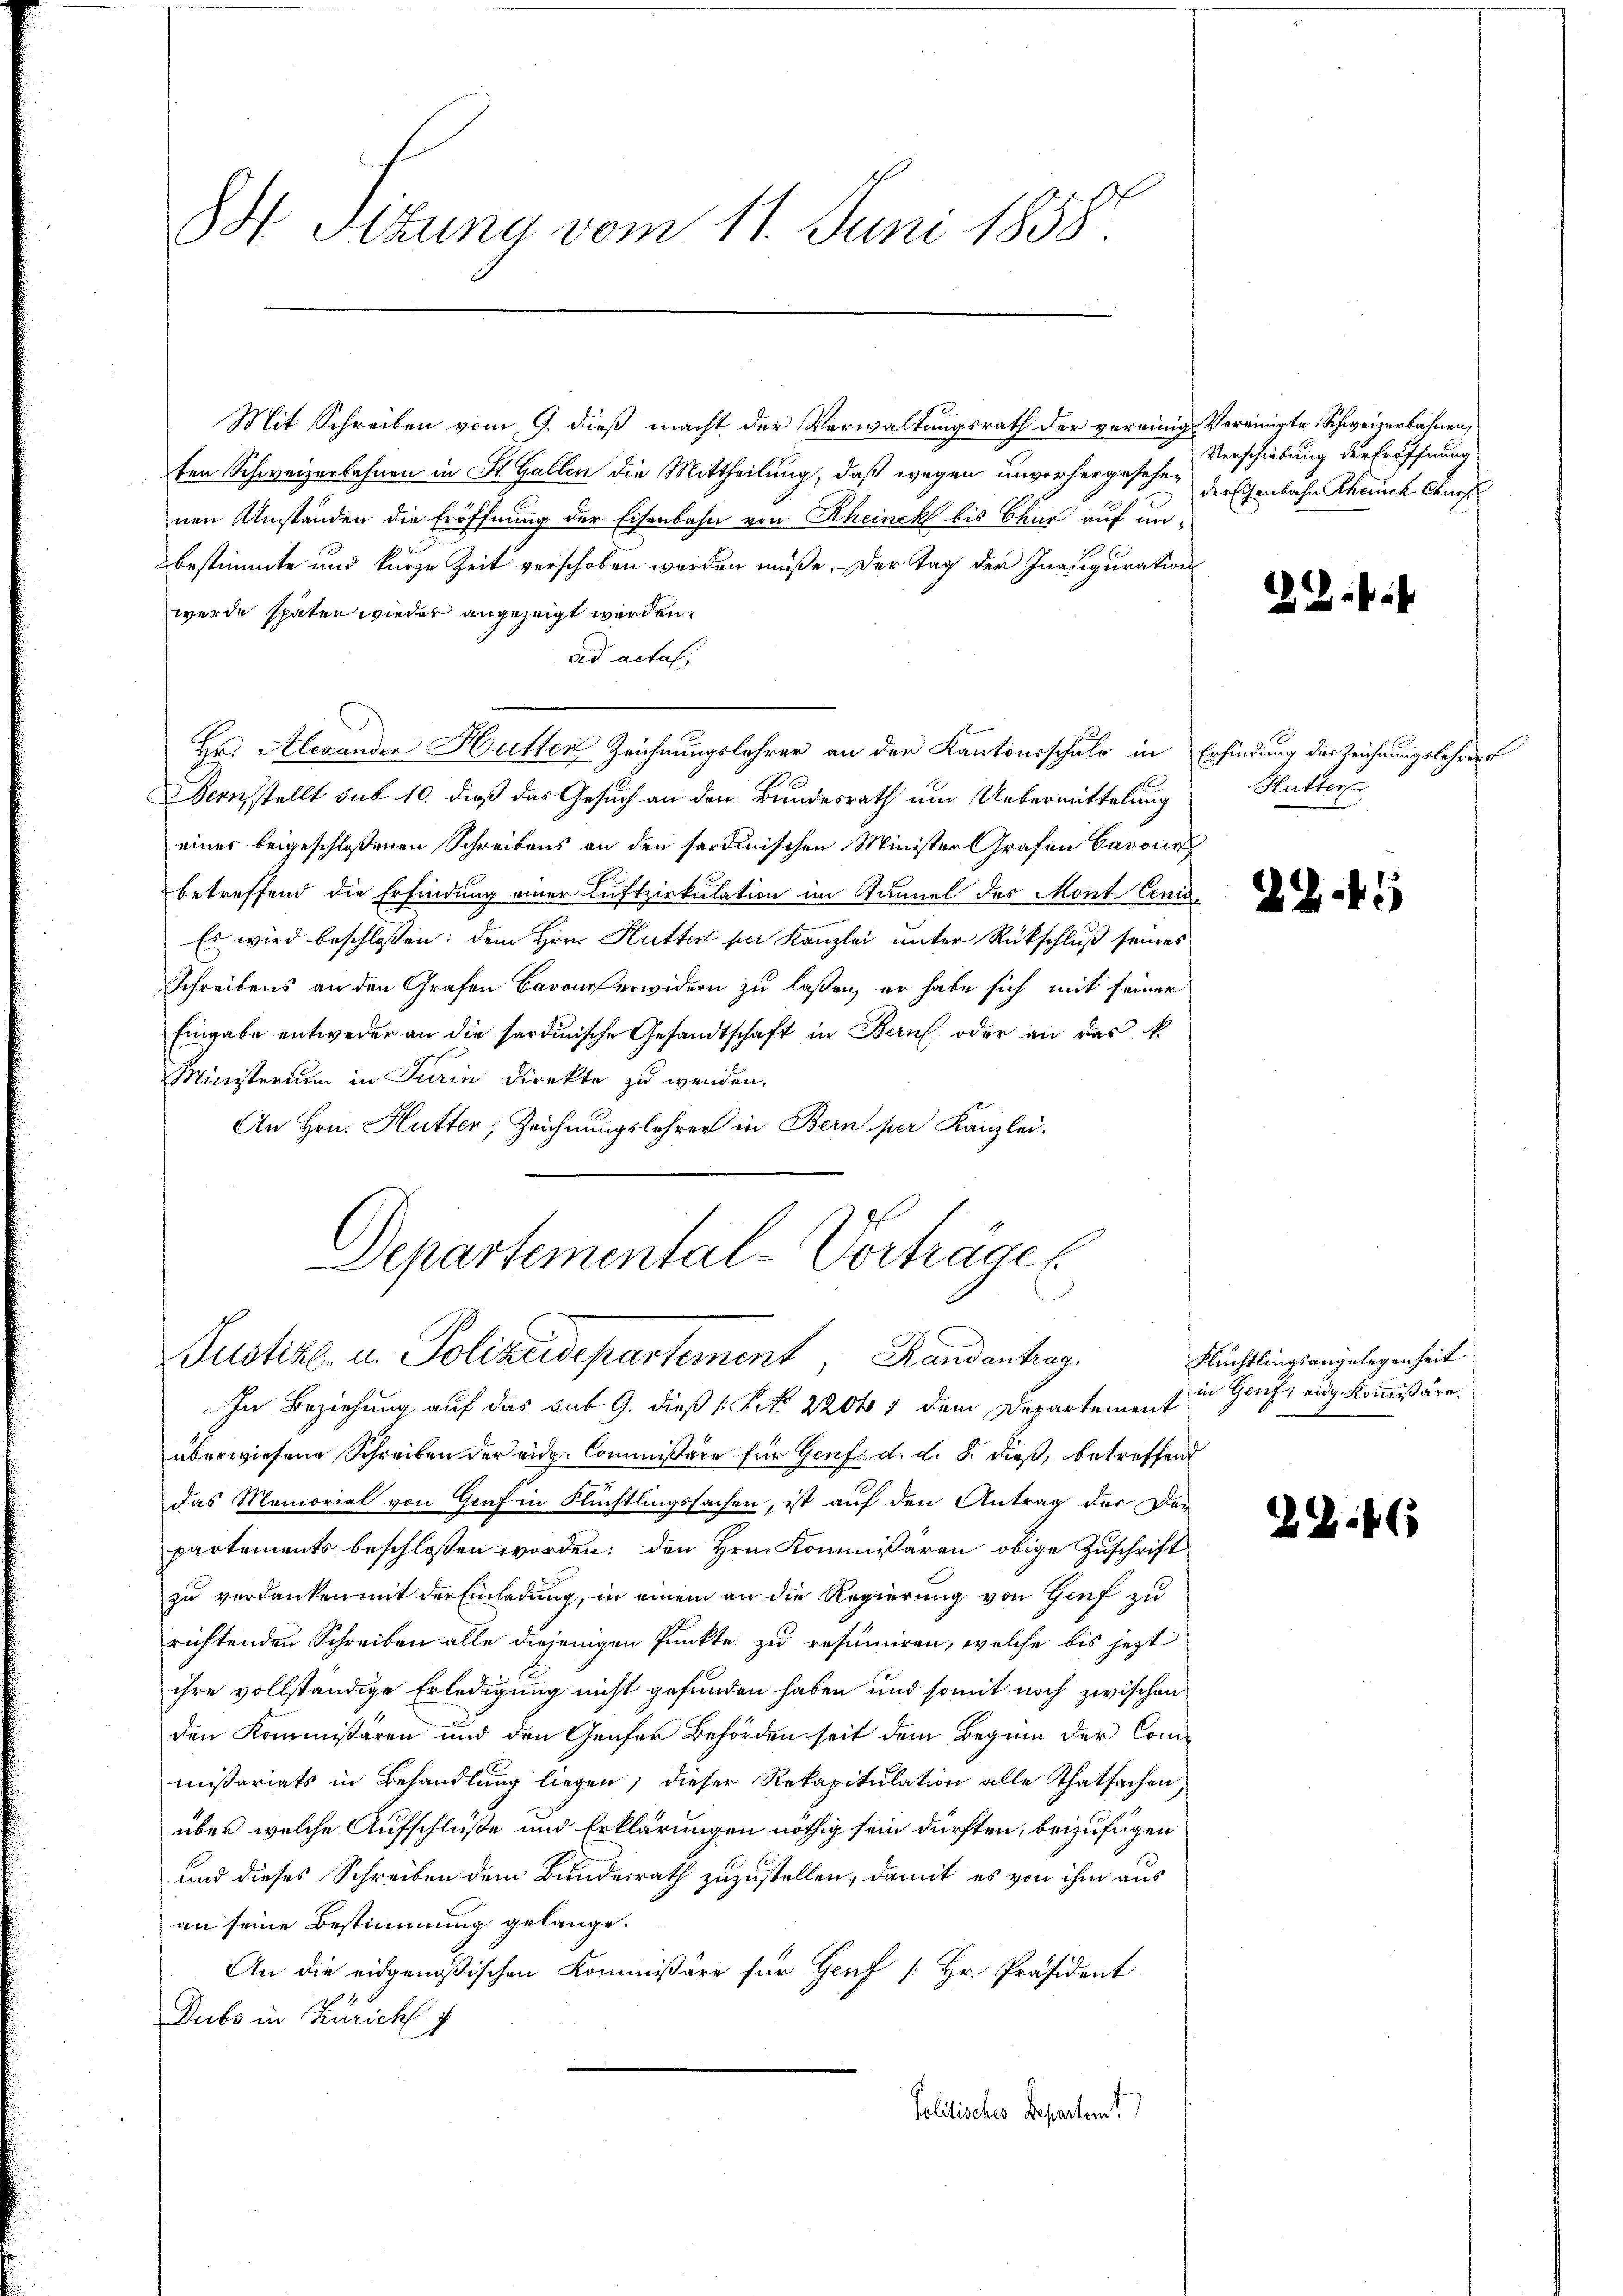
S Tizung vom 11. Juni 1858.

Mit Schreiben vom 9. dieß macht der Verwaltungsrath der vereinig Vereinigte Schweizerbahnen,
ten Schweizerbahnen in St. Gallen die Mittheilung, daß wegen unvorhergesehen der Eisenbahn Kheich Ans
nen Umständen die Eröffnung der Eisenbahn von Rheinek bis Chur auf un-
bestimmte und kurze Zeit verschoben worden müße. Der Tag der Inaugurations
werde später wieder angezeigt werden.
ad actat.
Hr. Alexanden Hütter Zeichnungslehrer an der Kantonsschule in Erfindung der Zeichnungslehrers
Bernstellt sub 10. dieß das Gesuch an den Bundesrath um Uebermittelung
einer beigeschloßenen Schreibens an den sardinischen Minister Grafen Cavone
betreffend die Erfindung einer Luftzirkulation im Tunnel des Mont Cen¬
Es wird beschlossen: dem Hrn. Hütter per Kanzlei unter Rückschluß seines
Schreibens an den Grafen Barons erwidern zu laßen, er habe sich mit seiner
Eingabe entweder an die sardinische Gesandtschaft in Bern oder an das k.
Ministerium in Turin direkte zu wenden.
An Hrn. Hutter, Zeichnungslehrer in Bern per Kanzlei.
Departemental-Verhäger

Justizb. u. Polizeidepartement, Handenhag

In Beziehung auf das sub. G. dieß (Po 22041 dem Departement
überwiesene Schreiben der eidg. Commissäre für Genf. d. d. 8. dieß, betreffend
das Memorial von Genf in Flüchtlingssachen, ist auf den Antrag der Den
partements beschlossen worden; den Hrn. Kommißären obige Zuschrift
zu verdanken mit der Einladung, in einem an die Regierung von Genf zu
richtenden Schreiben alle diejenigen Punkte zu resumiren, welche bis jetzt
ihre vollständige Erledigung nicht gefunden haben und somit noch zwischen
den Kommissären und den Genfer Behörden seit dem Beginn der Commissariats in Behandlung liegen; dieser Rekapitulation alle Thatsachen,
über welche Aufschlüße und Erklärungen nöthig sein dürften, beizufügen
und dieses Schreiben dem Bundesrath zuzustellen, damit es von ihm aus
an seine Bestimmung gelange.
An die eidgenößischen Kommissäre für Genf [Hr. Präsident
Dubs in Kurich
Politischer Departent

Verschiebung der Eröffnung

Giit

Hutterse

ZL.45

Flüchtlingsangelegenheit
in Genf, eidg. Kommißäre.

G.46